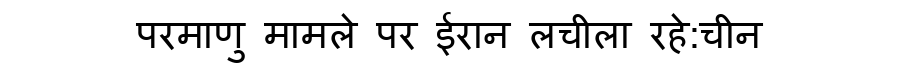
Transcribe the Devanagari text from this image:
परमाणु मामले पर ईरान लचीला रहे:चीन